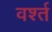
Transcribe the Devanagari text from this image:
वर्श्त